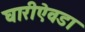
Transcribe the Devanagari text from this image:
घारीऐवडा